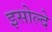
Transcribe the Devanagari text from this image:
इसोल्दे